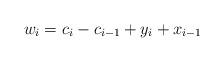
LaTeX: \begin{align*}w_i = c_i - c_{i-1} + y_i +x_{i-1}\end{align*}